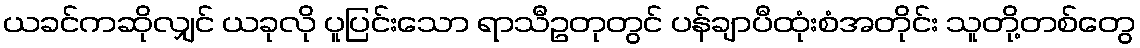
ယခင်ကဆိုလျှင် ယခုလို ပူပြင်းသော ရာသီဥတုတွင် ပန်ချာပီထုံးစံအတိုင်း သူတို့တစ်တွေ